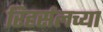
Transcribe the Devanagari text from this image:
रिहर्सलच्या